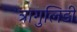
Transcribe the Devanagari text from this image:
त्रागुलिडी